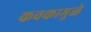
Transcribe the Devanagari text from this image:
कवकामुळे